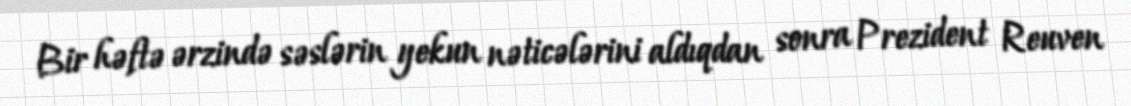
Bir həftə ərzində səslərin yekun nəticələrini aldıqdan sonra Prezident Reuven